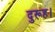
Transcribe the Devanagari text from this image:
दुरूह।